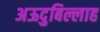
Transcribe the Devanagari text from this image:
अऊदुबिल्लाह